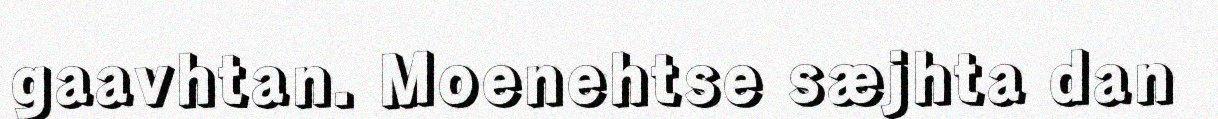
gaavhtan. Moenehtse sæjhta dan